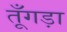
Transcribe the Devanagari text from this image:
तूँगड़ा